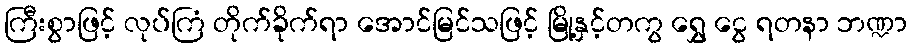
ကြီးစွာဖြင့် လုပ်ကြံ တိုက်ခိုက်ရာ အောင်မြင်သဖြင့် မြို့နှင့်တကွ ရွှေ ငွေ ရတနာ ဘဏ္ဍာ